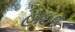
હાઇવ